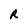
Character: R